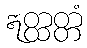
ဣတ္ထတ္တံ